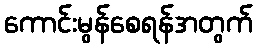
ကောင်းမွန်စေရန်အတွက်